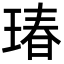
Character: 瑃